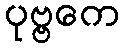
ပုဗ္ဗကေ